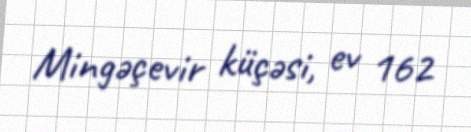
Mingəçevir küçəsi, ev 162